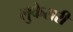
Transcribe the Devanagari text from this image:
लुकेसरी